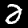
Label: 2